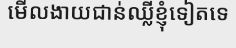
មើលងាយជាន់ឈ្លីខ្ញុំទៀតទេ